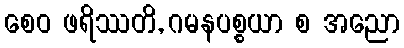
စေဝ ဖရိဿတိ, ဂမနပစ္စယာ စ အညော